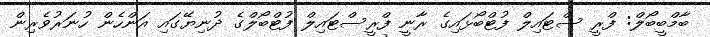
ބާމްބީބޯލް: ފްރީ ސްޓައިލް ފުޓްބޯޅައިގެ ރާނީ ފްރީސްޓައިލް ފުޓްބޯލްގެ ދުނިޔޭގައި އަންހެން ހުނަރުވެރިން